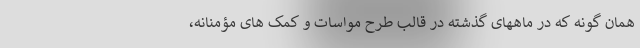
همان گونه که در ماههای گذشته در قالب طرح مواسات و کمک های مؤمنانه،